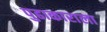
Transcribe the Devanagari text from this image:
पुढाकाराला